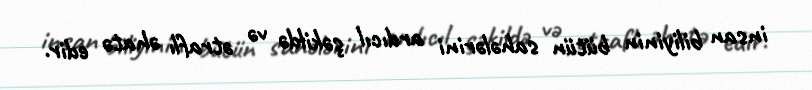
insan biliyinin bütün sahələrini ardıcıl şəkildə və ətraflı əhatə edir.